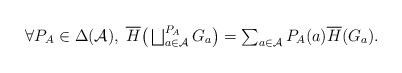
LaTeX: \begin{align*} \forall P_A \in \Delta(\mathcal{A}),\; \overline{H}\big(\textstyle\bigsqcup_{a \in \mathcal{A}}^{P_A} G_a\big) = \textstyle\sum_{a \in \mathcal{A}} P_A(a) \overline{H}(G_a).\end{align*}